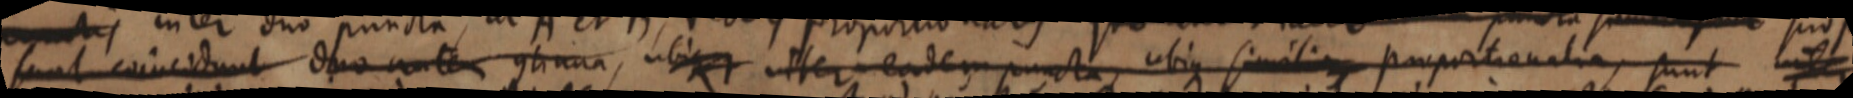
sunt coincidunt duo _ continua, ubique inter eodem puncta, ubique simili _ proportionalia, sunt inter